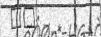
٣٢